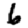
Digit: 6